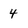
Character: 4